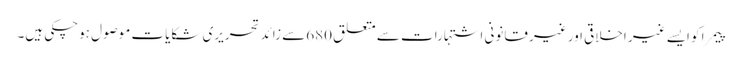
پیمرا کو ایسے غیر اخلاقی اور غیر قانونی اشتہارات سے متعلق 680سے زائد تحریری شکایات موصول ہوچکی ہیں۔